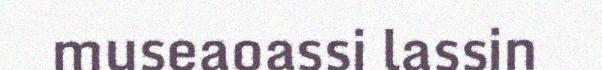
museaoassi lassin